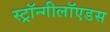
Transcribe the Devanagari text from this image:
स्ट्रॉन्गीलॉएडस